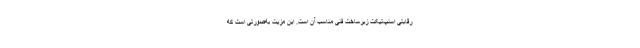
رقابتی اسنپ‌تیکت زیرساخت فنی مناسب آن است. این مزیت به‌صورتی است که